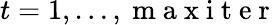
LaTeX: t=1,\dots,\mathrm{~m~a~x~i~t~e~r~}